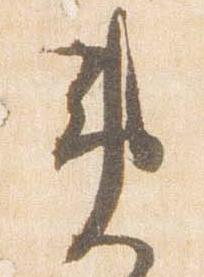
違